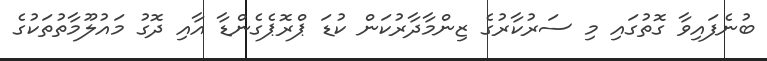
ބުނެފައިވާ ގޮތުގައި މި ސަރުކާރުގެ ޒިންމާދާރުކަން ކުޑަ ޕްރޮޕެގެންޑާ އާއި ދޮގު މައުލޫމާތުތަކުގެ